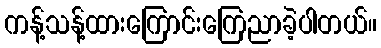
ကန့်သန့်ထားကြောင်းကြေညာခဲ့ပါတယ်။